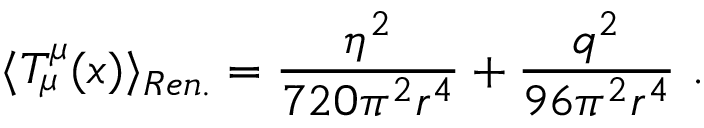
\langle T _ { \mu } ^ { \mu } ( x ) \rangle _ { R e n . } = \frac { \eta ^ { 2 } } { 7 2 0 \pi ^ { 2 } r ^ { 4 } } + \frac { q ^ { 2 } } { 9 6 \pi ^ { 2 } r ^ { 4 } } \ .